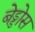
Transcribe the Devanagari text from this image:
बेड्डोस